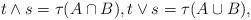
LaTeX: \begin{align*}t\wedge s=\tau(A\cap B),t\vee s=\tau(A\cup B),\end{align*}